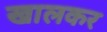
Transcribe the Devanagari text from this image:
खालकर